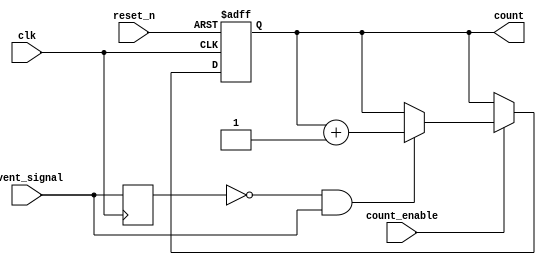
module event_triggered_counter #(
    parameter BIT_WIDTH = 8,              // Width of the counter
    parameter COUNT_MODE = 1               // 0: level-sensitive, 1: rising edge, 2: falling edge
)(
    input wire clk,                        // Clock signal
    input wire reset_n,                    // Active high asynchronous reset
    input wire count_enable,               // Enable counting
    input wire event_signal,               // Event signal to trigger counting
    output reg [BIT_WIDTH-1:0] count      // Current count output
);

    // Internal signal for edge detection
    reg event_signal_d;                    // Delayed version of event signal

    always @(posedge clk or posedge reset_n) begin
        if (reset_n) begin
            count <= 0;                    // Reset count to zero
        end else if (count_enable) begin
            // Edge detection logic
            case (COUNT_MODE)
                0: begin
                    // Level sensitive counting
                    if (event_signal) begin
                        count <= count + 1;
                    end
                end
                1: begin
                    // Rising edge counting
                    if (~event_signal_d && event_signal) begin
                        count <= count + 1;
                    end
                end
                2: begin
                    // Falling edge counting
                    if (event_signal_d && ~event_signal) begin
                        count <= count + 1;
                    end
                end
            endcase
        end
    end

    // Edge detection: store the previous state of event_signal
    always @(posedge clk) begin
        event_signal_d <= event_signal;
    end

endmodule